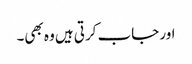
اور جاب کرتی ہیں وہ بھی۔